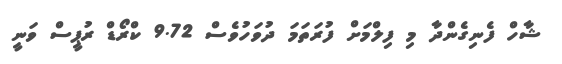
ޝާހް ފެނިގެންދާ މި ފިލްމަށް ފުރަތަމަ ދުވަހުވެސް 9.72 ކްރޯޑް ރުޕީސް ވަނީ